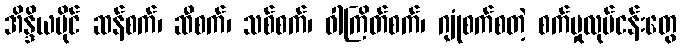
အိန္ဒိယပိုင် ဆန်စက်၊ ဆီစက်၊ သစ်စက်၊ ဝါကြိတ်စက်၊ ဂျုံစက်စတဲ့ စက်မှုလုပ်ငန်းတွေ